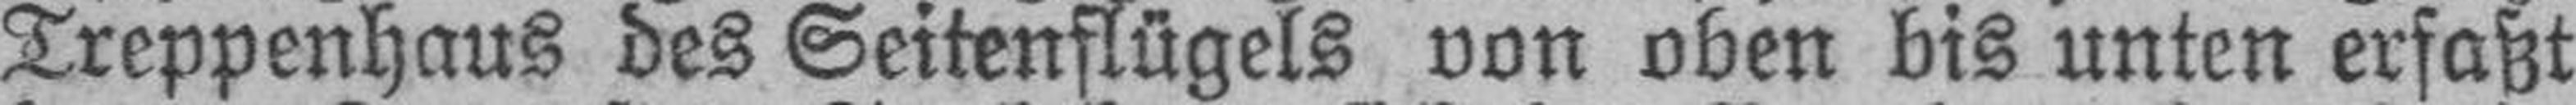
Treppenhaus des Seitenflügels von oben bis unten erfaßt